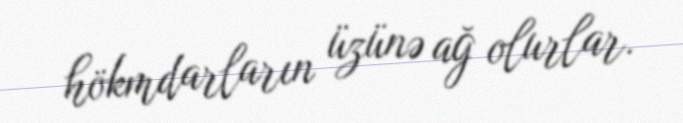
hökmdarların üzünə ağ olurlar.